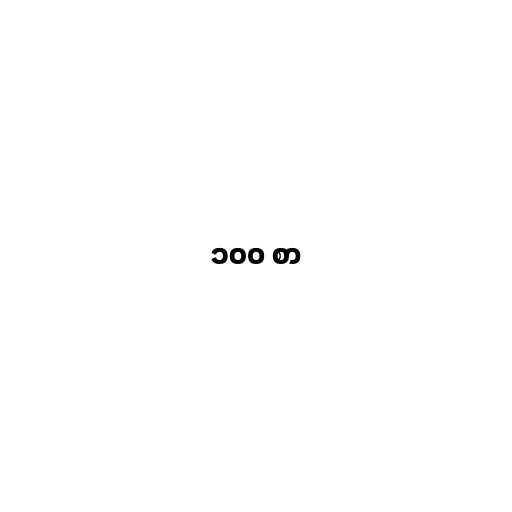
၁၀၀ စာ